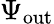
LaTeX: \Psi_{\mathrm{out}}